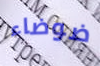
ضوضاء